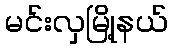
မင်းလှမြို့နယ်